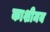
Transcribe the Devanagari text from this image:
काशीमय